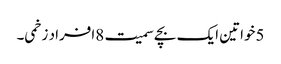
5خواتین ایک بچے سمیت 8افراد زخمی۔